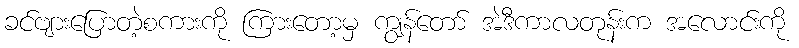
ခင်ဗျားပြောတဲ့စကားကို ကြားတော့မှ ကျွန်တော် အဲဒီကာလတုန်းက အလောင်းကို